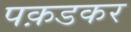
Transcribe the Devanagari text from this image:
पक़डकर